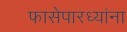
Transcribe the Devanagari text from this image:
फासेपारध्यांना